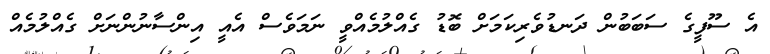
އެ ސޫފީގެ ސަބަބުން ދަނޑުވެރިކަމަށް ބޮޑު ގެއްލުމެއްވީ ނަމަވެސް އެއީ އިންސާނުންނަށް ގެއްލުމެއް